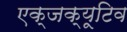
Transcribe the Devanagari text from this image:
एक्जक्यूटिव